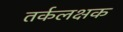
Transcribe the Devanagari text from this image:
तर्कलक्षक